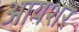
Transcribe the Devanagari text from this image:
आयशर